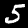
Label: 5